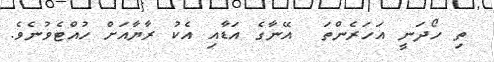
ތި ހޯދަނީ އަހަރެންތަ  އޭނާގެ އަޑާއި އެކު ރާޔާއަށް ހުއްޓެވުނެވެ.